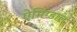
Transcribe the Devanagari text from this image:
ऐमिग्डाल